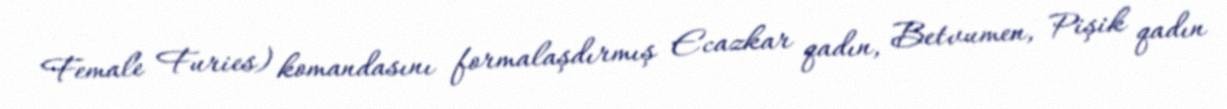
Female Furies) komandasını formalaşdırmış Ecazkar qadın, Betvumen, Pişik qadın